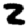
Digit: 2